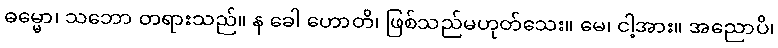
ဓမ္မော၊ သဘော တရားသည်။ န ခေါ ဟောတိ၊ ဖြစ်သည်မဟုတ်သေး။ မေ၊ ငါ့အား။ အညောပိ၊